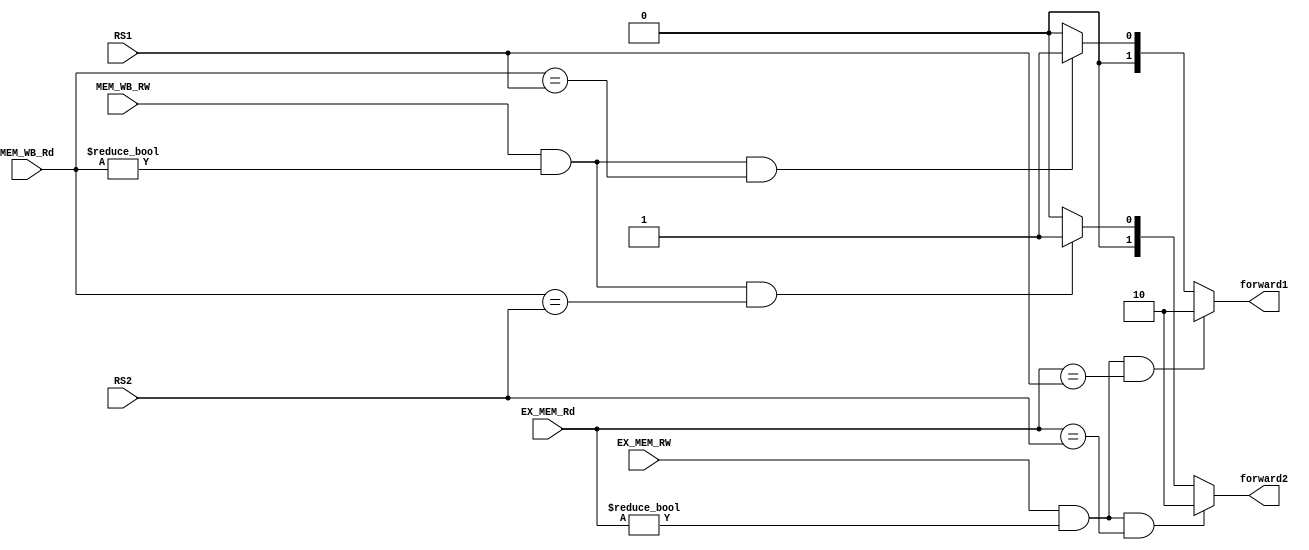
module Forward_Unit
(
    RS1,
    RS2,
    EX_MEM_Rd,
    MEM_WB_Rd,
    EX_MEM_RW,
    MEM_WB_RW,
    forward1,
    forward2
);

// Interface
input   [4:0]       RS1;
input   [4:0]       RS2;
input   [4:0]       EX_MEM_Rd;
input   [4:0]       MEM_WB_Rd;
input               EX_MEM_RW;
input               MEM_WB_RW;
output  [1:0]       forward1;
output  [1:0]       forward2;

assign  forward1=   (EX_MEM_RW && EX_MEM_Rd!=0 && EX_MEM_Rd==RS1)?2'b10:
                    (MEM_WB_RW && MEM_WB_Rd!=0 && MEM_WB_Rd==RS1)?2'b01:2'b00;
assign  forward2=   (EX_MEM_RW && EX_MEM_Rd!=0 && EX_MEM_Rd==RS2)?2'b10:
                    (MEM_WB_RW && MEM_WB_Rd!=0 && MEM_WB_Rd==RS2)?2'b01:2'b00;
endmodule